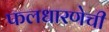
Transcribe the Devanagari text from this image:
फलधारणेची